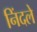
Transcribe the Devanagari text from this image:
निंदले